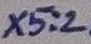
Text: X5:2